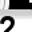
Digit: 2